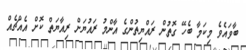
ބާވައެވެ މިކަމާ ބެހޭ ގޮތުން ރައްޔިތުންގެ އާންމު ރައުޔަށް ރިއާޔަތް ކޮށް އެއްޗެއް